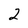
Character: 2